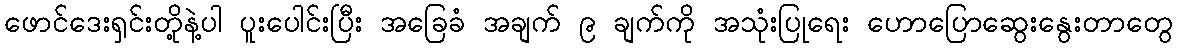
ဖောင်ဒေးရှင်းတို့နဲ့ပါ ပူးပေါင်းပြီး အခြေခံ အချက် ၉ ချက်ကို အသုံးပြုရေး ဟောပြောဆွေးနွေးတာတွေ